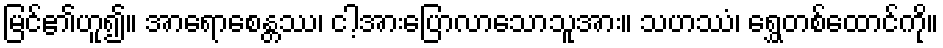
မြင်၏ဟူ၍။ အာရောစေန္တဿ၊ ငါ့အားပြောလာသောသူအား။ သဟဿံ၊ ရွှေတစ်ထောင်ကို။